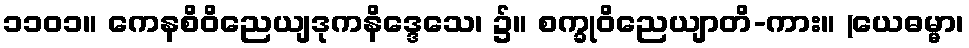
၁၁၀၁။ ကေနစိဝိညေယျဒုကနိဒ္ဒေသေ၊ ၌။ စက္ခုဝိညေယျာတိ-ကား။ (ယေဓမ္မာ၊